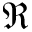
\mathfrak { R }